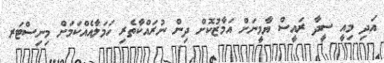
އަދި މިއީ ސީދާ ރައީސް ޔާމީނަށް އަމާޒުކޮށް ދިން ނުރައްކާތެރި ހަމަލާއެއްކަމަށް މިނިސްޓަރ